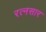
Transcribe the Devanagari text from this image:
रत्नसार